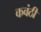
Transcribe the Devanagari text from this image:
कवंठी